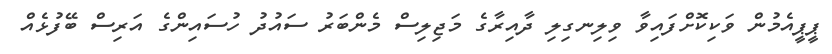
ޕީޕީއެމުން ވަކިކޮށްފައިވާ ވިލިނގިލި ދާއިރާގެ މަޖިލިސް މެންބަރު ސައުދު ހުސައިންގެ އަރިސް ބޭފުޅެއް